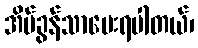
အိမ်ခွန်သာပေးရပါတယ်၊